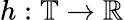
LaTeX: h:\mathbb{T}\to\mathbb{R}